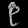
Digit: ၉